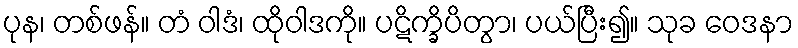
ပုန၊ တစ်ဖန်။ တံ ဝါဒံ၊ ထိုဝါဒကို။ ပဋိက္ခိပိတွာ၊ ပယ်ပြီး၍။ သုခ ဝေဒနာ